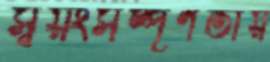
স্বয়ংসম্পূর্ণতায়